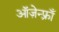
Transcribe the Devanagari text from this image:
ऑज़ेन्फ़्राँ